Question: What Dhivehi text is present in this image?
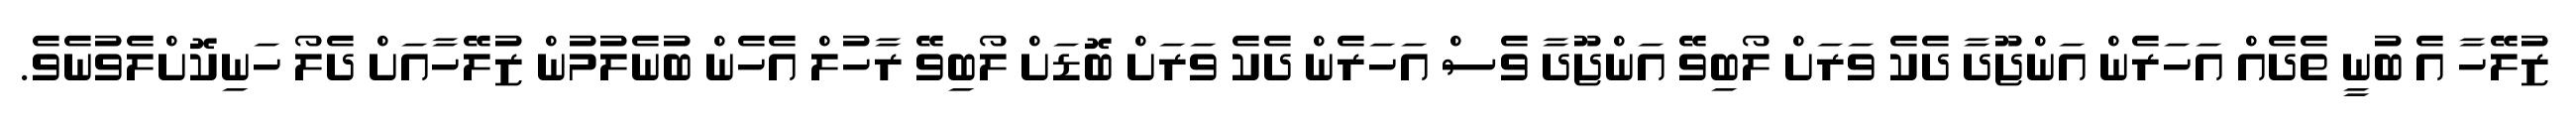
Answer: ޒުލޭހާ އެ ބުނީ ތެދެއް އަހަރެން އަންޖޫދާ ދެކެ ވަރަށް ލޯބިވޭ އަންޖޫދާ ވެސް އަހަރެން ދެކެ ވަރަށް ބޮޑަށް ލޯބިވޭ ރާހުލް އެހެން ބުނެލުމުން ޒުލޭހާއަށް ދެލޯ ހަނިކޮށްލެވުނެވެ.